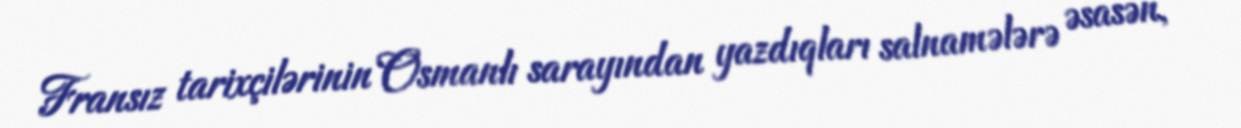
Fransız tarixçilərinin Osmanlı sarayından yazdıqları salnamələrə əsasən,